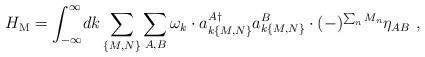
LaTeX: \begin{align*}H_{\rm M}=\int_{-\infty}^\infty\!dk \sum_{\{M,N\}}\sum_{A,B}\omega_k\cdot a_{k\{M,N\}}^{A\dagger}a_{k\{M,N\}}^B\cdot (-)^{\sum_n M_n}\eta_{AB}\ ,\end{align*}